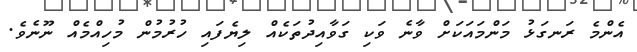
އެންމެ ރަނގަޅު މަންމައަކަށް ވާނެ ވަކި ގަވާއިދުތަކެއް ލިޔެފައި ހުރުމުން މުހިއްމެއް ނޫނެވެ.